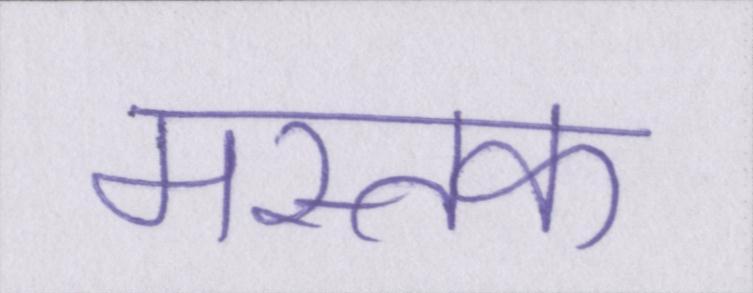
मस्तक